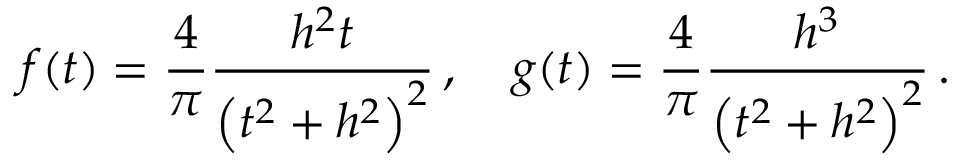
f ( t ) = \frac { 4 } { \pi } \frac { h ^ { 2 } t } { \left( t ^ { 2 } + h ^ { 2 } \right) ^ { 2 } } \, , \quad g ( t ) = \frac { 4 } { \pi } \frac { h ^ { 3 } } { \left( t ^ { 2 } + h ^ { 2 } \right) ^ { 2 } } \, .